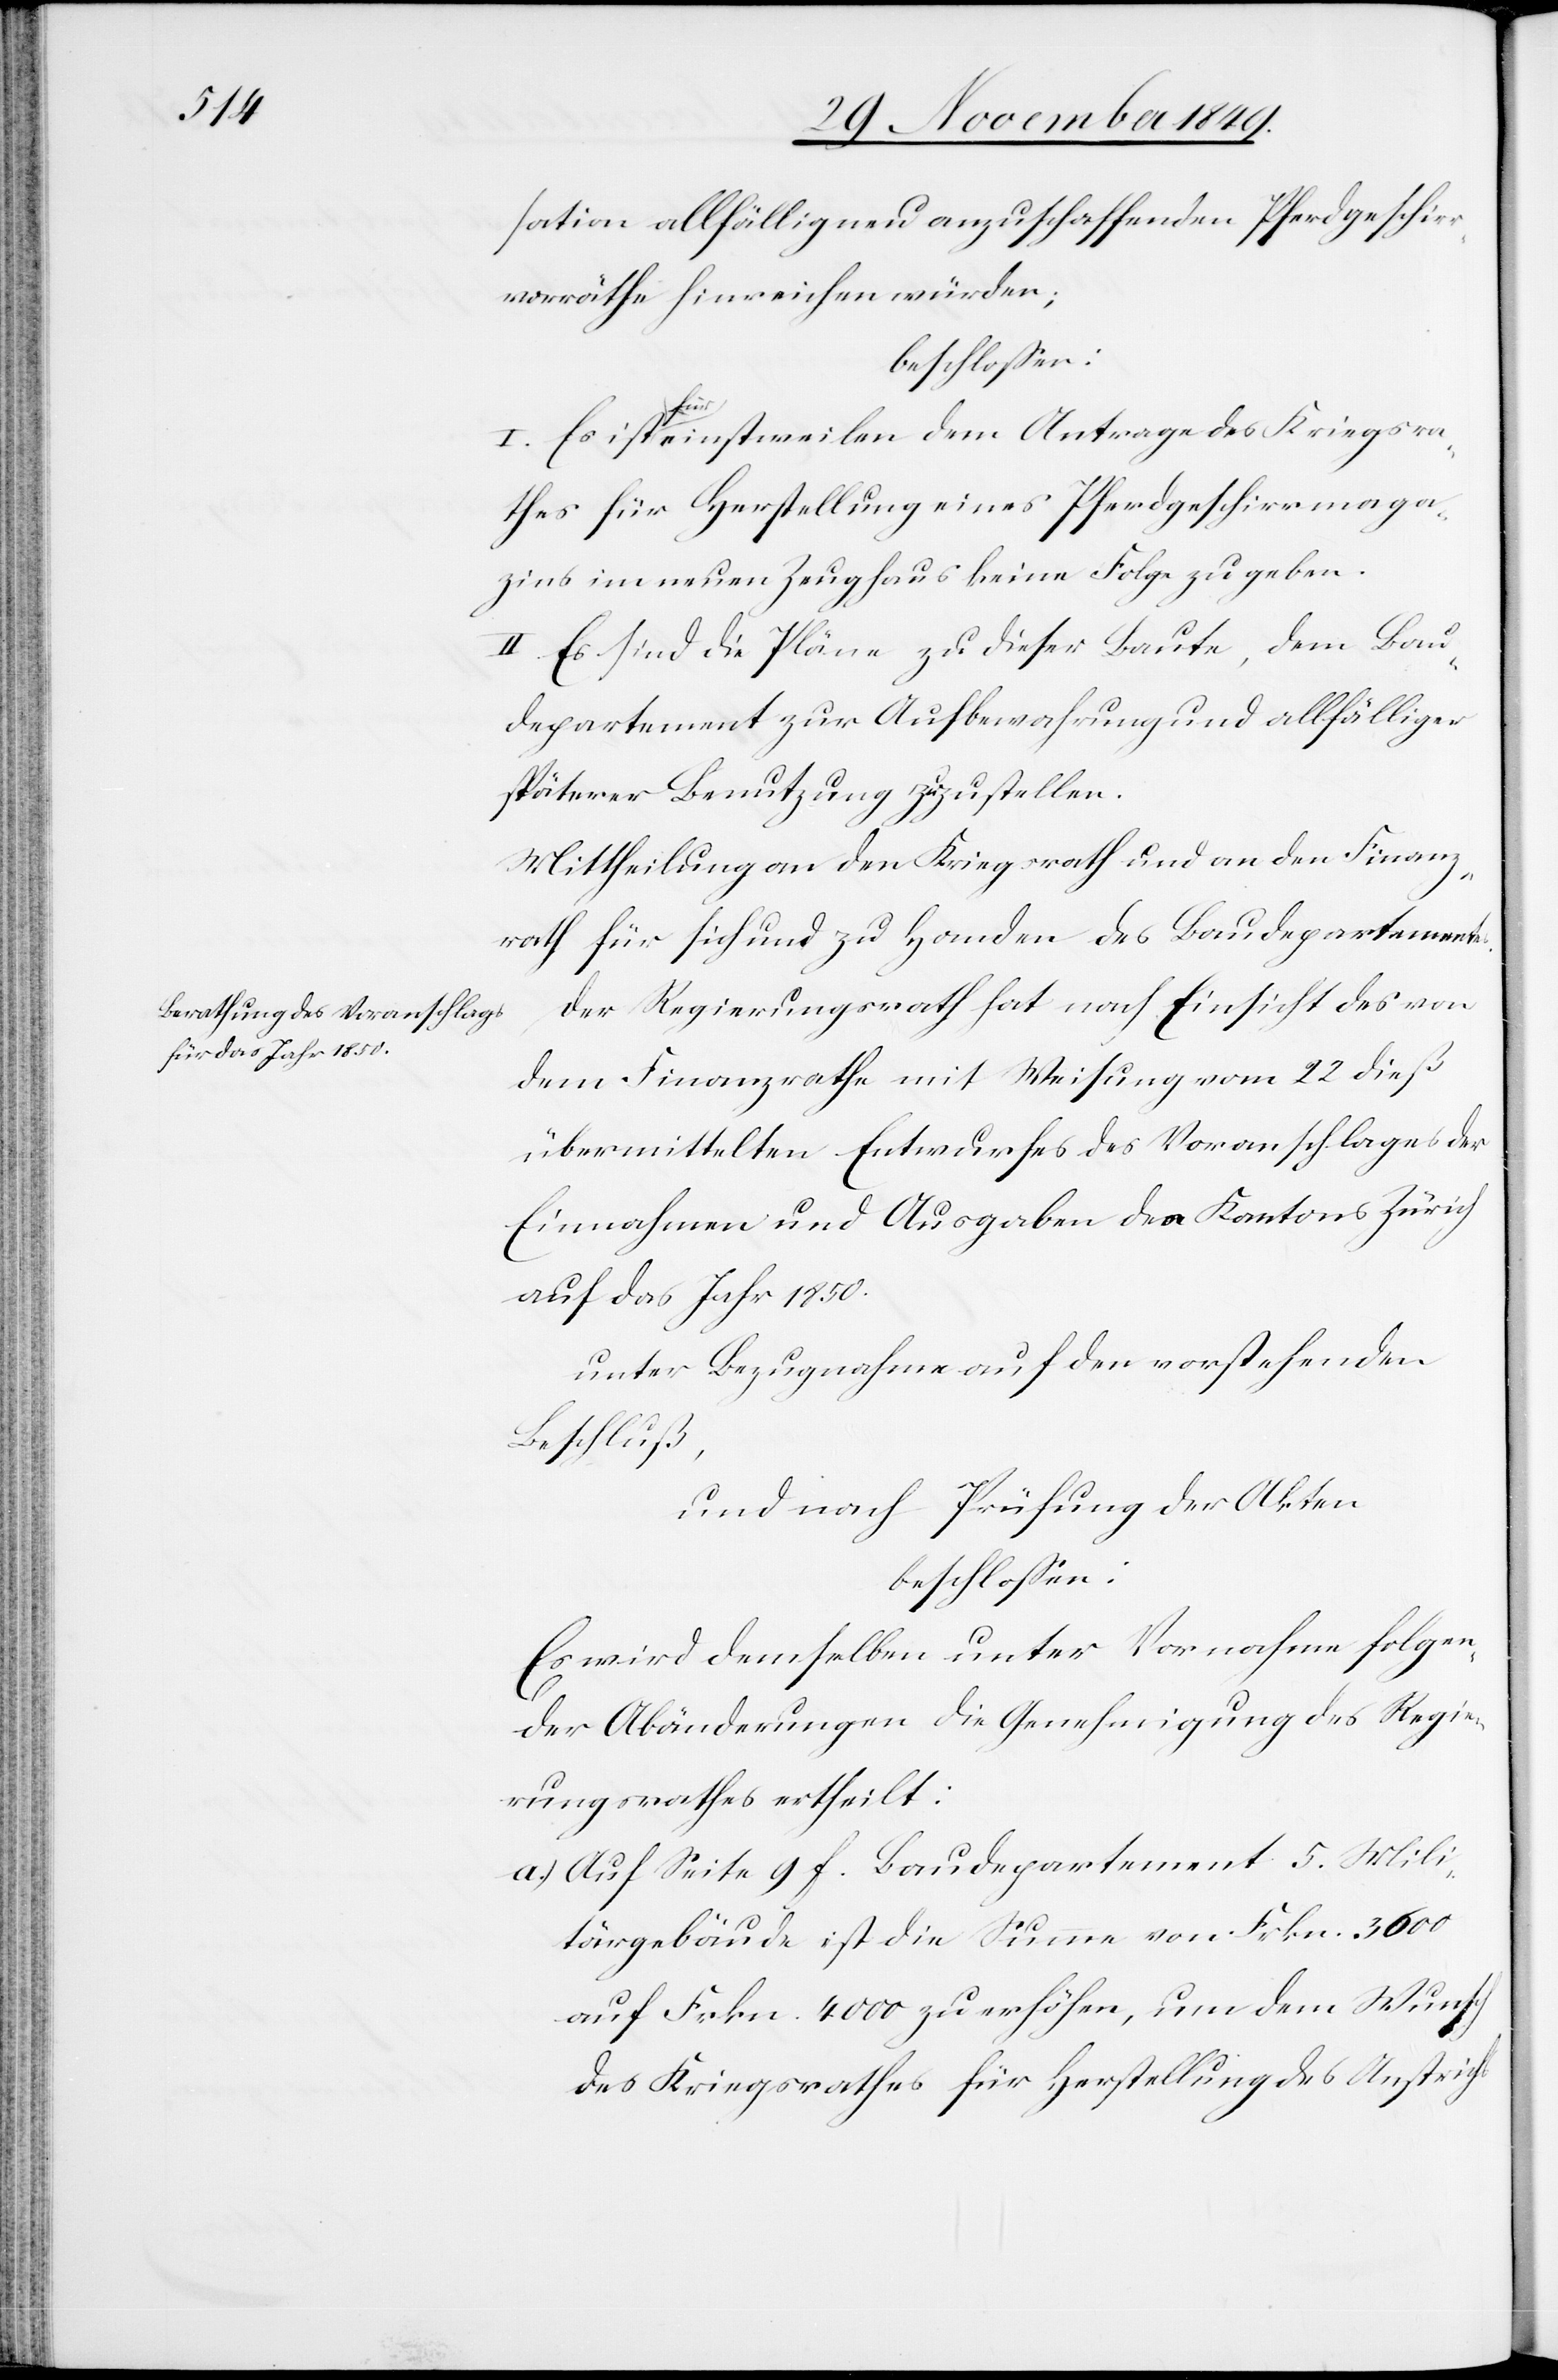
sation allfällig neu anzuschaffenden Pferdgeschir¬
rvorräthe hinreichen würden;
beschloßen:
I. Es ist für einstweilen dem Antrage des Kriegsra¬
thes für Herstellung eines Pferdgeschirrmaga¬
zins im neuen Zeughaus keine Folge zu geben.
II. Es sind die Pläne zu dieser Baute, dem Bau¬
departement zur Aufbewahrung und allfälliger
späterer Benutzung zuzustellen.
Mittheilung an den Kriegsrath und an den Finanz¬
rath für sich und zu Handen des Baudepartementes.
Der Regierungsrath hat nach Einsicht des von
dem Finanzrathe mit Weisung vom 22 dieß
übermittelten Entwurfes des Voranschlages der
Einnahmen und Ausgaben des Kantons Zürich
auf das Jahr 1850.
unter Bezugnahme auf den vorstehenden
Beschluß,
und nach Prüfung der Akten
beschloßen:
Es wird demselben unter Vornahme folgen¬
der Abänderungen die Genehmigung des Regie¬
rungsrathes ertheilt:
a.) Auf Seite 9 f. Baudepartement 5. Mili¬
tärgebäude ist die Summe von Frkn. 3600
auf Frkn. 4000 zu erhöhen, um dem Wunsch
des Kriegsrathes für Herstellung des Anstrichs